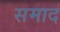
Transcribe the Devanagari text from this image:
समाद